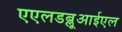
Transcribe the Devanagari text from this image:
एएलडब्लूआईएल